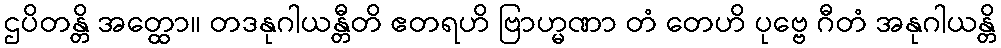
ဌပိတန္တိ အတ္ထော။ တဒနုဂါယန္တီတိ ဧတရဟိ ဗြာဟ္မဏာ တံ တေဟိ ပုဗ္ဗေ ဂီတံ အနုဂါယန္တိ